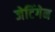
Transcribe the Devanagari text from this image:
जेटिंगेन